Report of the Indian Hemp Drugs Commission, 1894-1895 - Volume VII
Year: 1894
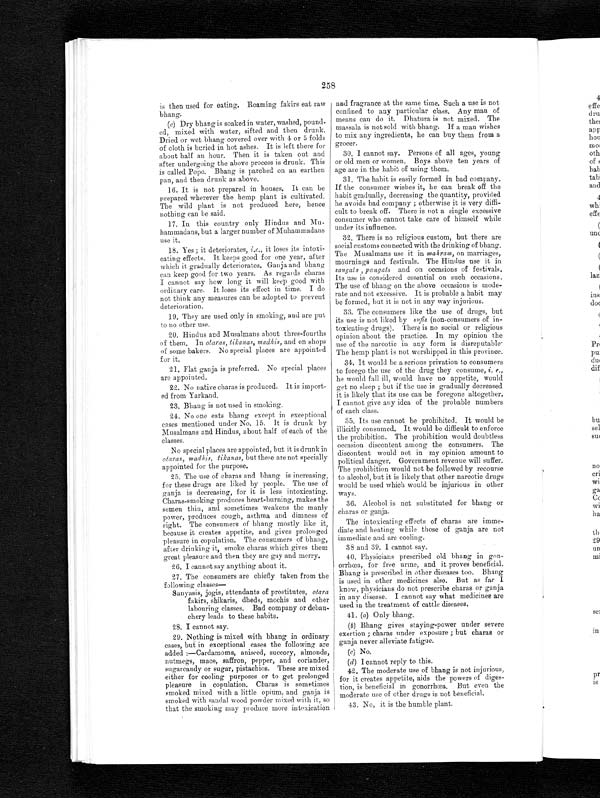
258
is then used for eating. Roaming fakirs eat raw
bhang.
( c) Dry bhang is soaked in water, washed, pound-
ed, mixed with water, sifted and then drunk.
Dried or wet bhang covered over with 4 or 5 folds
of cloth is buried in hot ashes. It is left there for
about half an hour. Then it is taken out and
after undergoing the above process is drunk. This
is called Popo. Bhang is parched on an earthen
pan, and then drunk as above.
16. It is not prepared in houses. It can be
prepared wherever the hemp plant is cultivated.
The wild plant is not produced here, hence
nothing can be said.
17. In this country only Hindus and Mu-
hammadans, but a larger number of Muhammadans
use it.
18. Yes; it deteriorates, i.e., it loses its intoxi-
cating effects. It keeps good for one year, after
which it gradually deteriorates. Ganja and bhang
can keep good for two years. As regards charas
I cannot say how long it will keep good with
ordinary care. It loses its effect in time. I do
not think any measures can be adopted to prevent
deterioration.
19. They are used only in smoking, and are put
to no other use.
20. Hindus and Musalmans about three-fourths
of them. In otaras, tikanas, madhis, and on shops
of some bakers. No special places are appointed
for it.
21. Flat ganja is preferred. No special places
are appointed.
22. No native charas is produced. It is import-
ed from Yarkand.
23. Bhang is not used in smoking.
24. No one eats bhang except in exceptional
cases mentioned under No. 15. It is drunk by
Musalmans and Hindus, about half of each of the
classes.
No special places are appointed, but it is drunk in
o tams, madhis, tikanas, but these are not specially
appointed for the purpose.
25. The use of charas and bhang is increasing,
for these drugs are liked by people. The use of
ganja is decreasing, for it is less intoxicating.
Charas-smoking produces heart-burning, makes the
semen thin, and sometimes weakens the manly
power, produces cough, asthma and dimness of
sight. The consumers of bhang mostly like it,
because it creates appetite, and gives prolonged
pleasure in copulation. The consumers of bhang,
after drinking it, smoke charas which gives them
great pleasure and then they are gay and merry.
26. I cannot say anything about it.
27. The consumers are chiefly taken from the
following classes
—
Sanyasis, jogis, attendants of prostitutes, otara
fakirs, shikaris, dheds, mochis and other
labouring classes. Bad company or debau-
chery leads to these habits.
28. I cannot say.
29. Nothing is mixed with bhang in ordinary
cases, but in exceptional cases the following are
added:—Cardamoms, aniseed, succory, almonds,
nutmegs, mace, saffron, pepper, and coriander,
sugarcandy or sugar, pistachios. These are mixed
either for cooling purposes or to get prolonged
pleasure in copulation. Charas is sometimes
smoked mixed with a little opium, and ganja is
smoked with sandal wood powder mixed with it, so
that the smoking may produce more intoxication
and fragrance at the same time. Such a use is not
confined to any particular class. Any man of
means can do it. Dhatura is not mixed. The
massala is not sold with bhang. If a man wishes
to mix any ingredients, he can buy them from a
grocer.
30. I cannot say. Persons of all ages, young
or old men or women. Boys above ten years of
age are in the habit of using them.
31. The habit is easily formed in bad company.
If the consumer wishes it, he can break off the
habit gradually, decreasing the quantity, provided
he avoids bad company; otherwise it is very diffi--
cult to break off. There is not a single excessive
consumer who cannot take care of himself while
under its influence.
32. There is no religious custom, but there are
social customs connected with the drinking of bhang.
The Musalmans use it in mahram, on marriages,
mournings and festivals. The Hindus use it in
sangats , pangats and on occasions of festivals.
Its use is considered essential on such occasions.
The use of bhang on the above occasions is mode-
rate and not excessive. It is probable a habit may
be formed, but it is not in any way injurious.
33. The consumers like the use of drugs, but
its use is not liked by sufis (non-consumers of in-
-toxicating drugs). There is no social or religious
opinion about the practice. In my opinion the
use of the narcotic in any form is disreputable.
The hemp plant is not worshipped in this province.
34. It would be a serious privation to consumers
to forego the use of the drug they consume, i. e.,
he would fall ill, would have no appetite, would
get no sleep; but if the use is gradually decreased
it is likely that its use can be foregone altogether.
I cannot give any idea of the probable numbers
of each class.
35. Its use cannot be prohibited. It would be
illicitly consumed. It would be difficult to enforce
the prohibition. The prohibition would doubtless
occasion discontent among the consumers. The
discontent would not in my opinion amount to
political danger. Government revenue will suffer.
The prohibition would not be followed by recourse
to alcohol, but it is likely that other narcotic drugs
would be used which would be injurious in other
ways.
36. Alcohol is not substituted for bhang or
charas or ganja.
The intoxicating effects of charas are imme-
diate and heating while those of ganja are not
immediate and are cooling.
38 and 39. I cannot say.
40. Physicians prescribed old bhang in
gon-orrhœa, for free urme, and it proves beneficial.
Bhang is prescribed in other diseases too. Bhang
is used in other medicines also. But as far I
know, physicians do not prescribe charas or ganja
in any disease. I cannot say what medicines are
used in the treatment of cattle diseases.
41. (a) Only bhang.
(b) Bhang gives staying-power under severe
exertion; charas under exposure; but charas or
ganja never alleviate fatigue.
( c ) N o .
( d ) I c a n n o t r e p l y t o t h i s .
42. The moderate use of bhang is not injurious,
for it creates appetite, aids the powers of diges-
tion, is beneficial in gonorrhœa. But even the
moderate use of other drugs is not beneficial,
43. No, it is the humble plant.